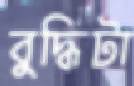
বুদ্ধিটা